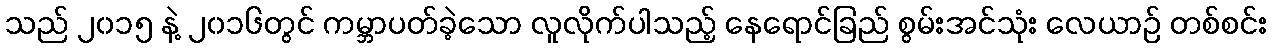
သည် ၂၀၁၅ နဲ့ ၂၀၁၆တွင် ကမ္ဘာပတ်ခဲ့သော လူလိုက်ပါသည့် နေရောင်ခြည် စွမ်းအင်သုံး လေယာဉ် တစ်စင်း